DOW-UAP-D49, Launch Summary, Vandenberg AFB, 2000
Agency: Department of War
Incident date: 2/3/00
Page 109
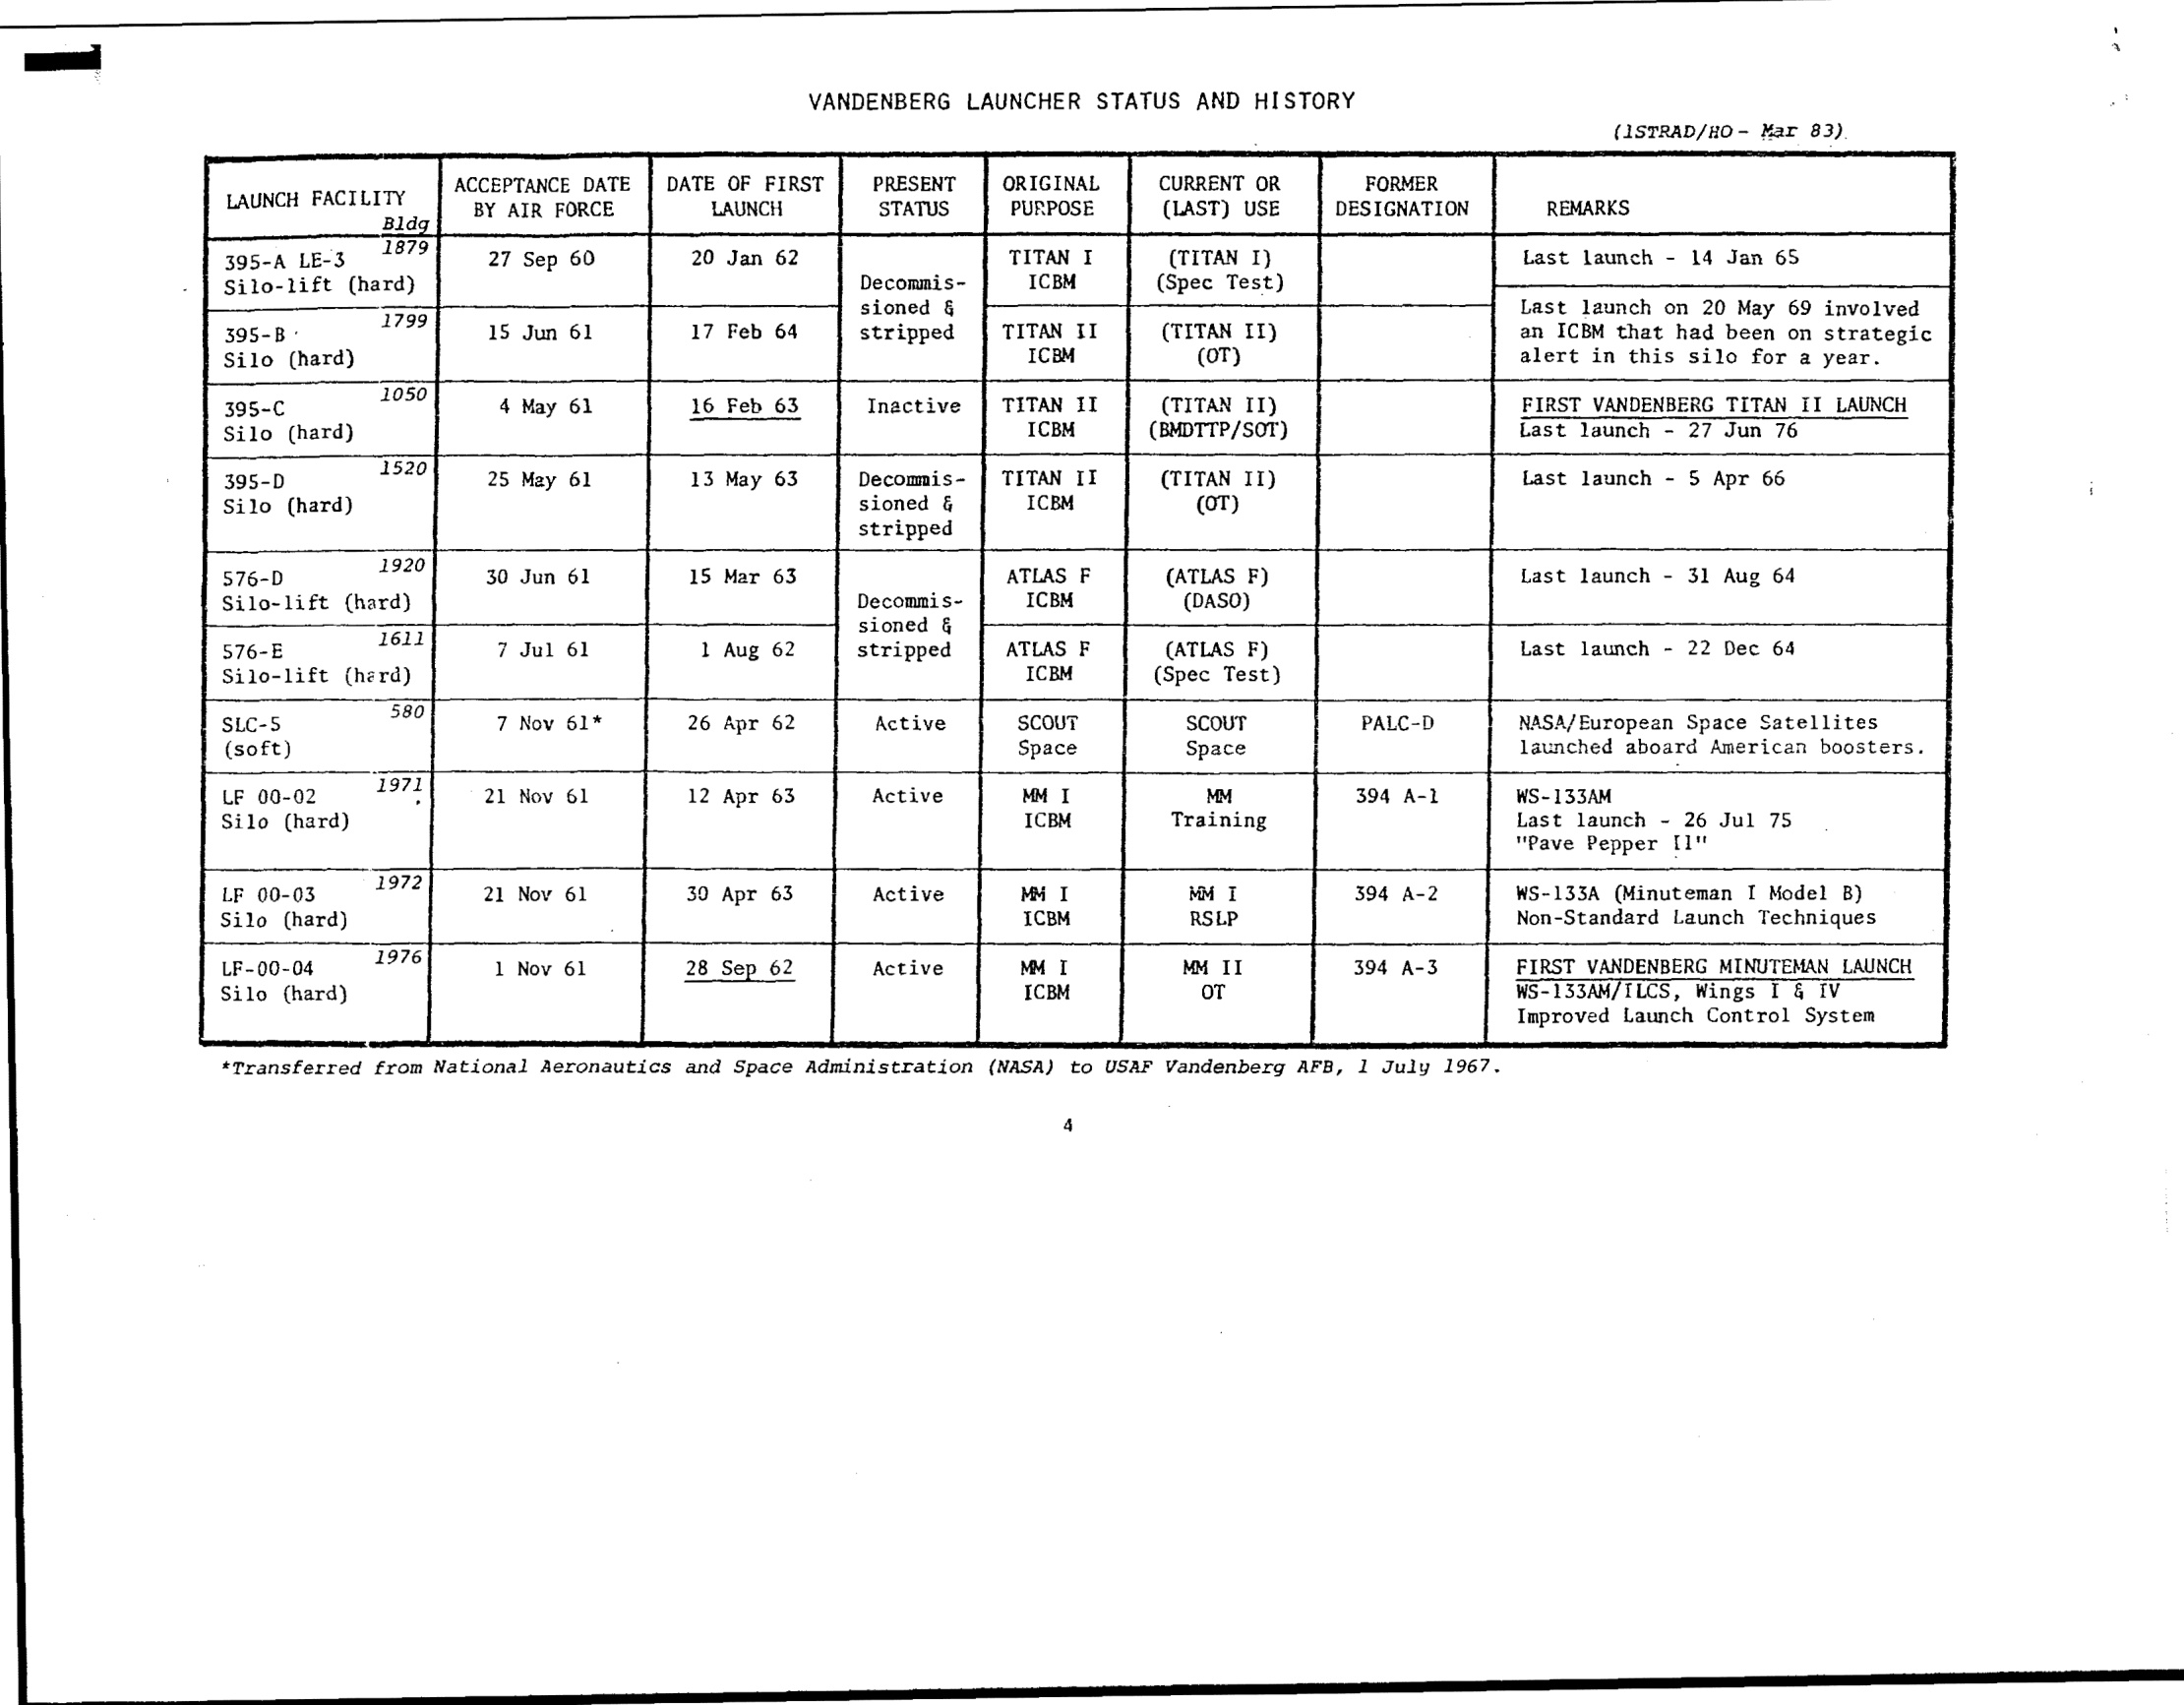